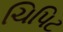
ચિપિટ